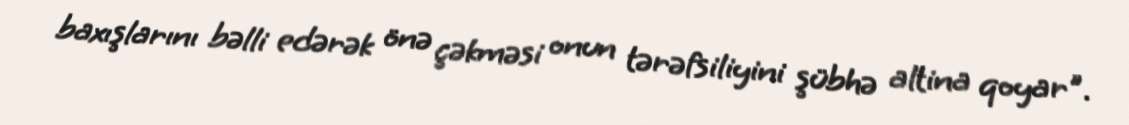
baxışlarını bəlli edərək önə çəkməsi onun tərəfsiliyini şübhə altina qoyar".